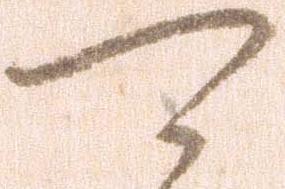
可